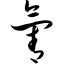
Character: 氰